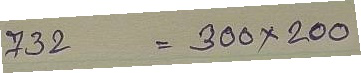
732 = 300 x 200